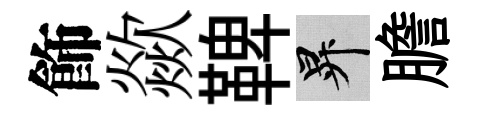
飾歘鞞升膽